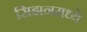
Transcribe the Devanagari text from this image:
सिझनमध्ये